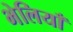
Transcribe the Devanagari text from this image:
भेलियाँ